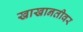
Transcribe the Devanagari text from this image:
खाखानतीवर